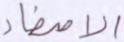
الأصفاد